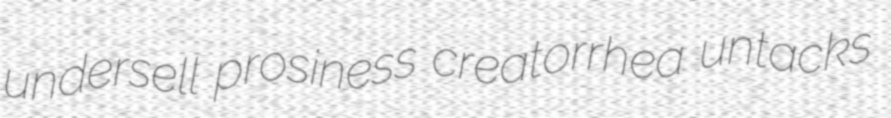
undersell prosiness creatorrhea untacks